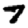
Digit: 7